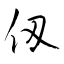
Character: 仭